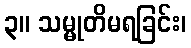
၃။ သမ္မုတိမရခြင်း၊